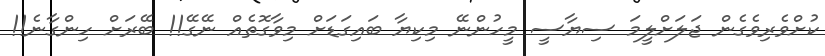
ކުށްވެރިވެގެން ޖަލަށްލީމަ ސިޔާސީ މީހުންނޭ މިކިޔާ ބައިގަޑަށް މިވާގޮތެއް ނޭގޭ!! ބޭރަށް ހިންގާނެ!!